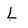
Character: L